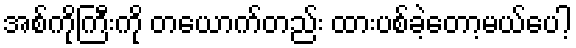
အစ်ကိုကြီးကို တယောက်တည်း ထားပစ်ခဲ့တော့မယ်ပေါ့